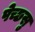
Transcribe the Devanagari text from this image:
पेच्छसु